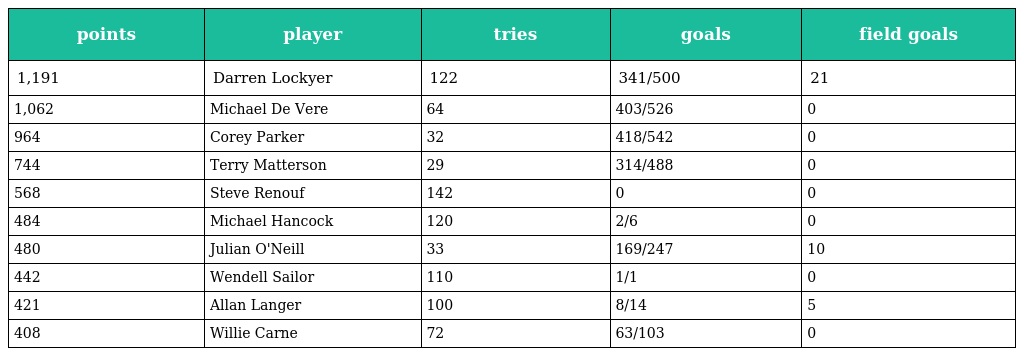
| points | player | tries | goals | field goals |
 | --- | --- | --- | --- | --- |
 | 1,191 | Darren Lockyer | 122 | 341/500 | 21 |
 | 1,062 | Michael De Vere | 64 | 403/526 | 0 |
 | 964 | Corey Parker | 32 | 418/542 | 0 |
 | 744 | Terry Matterson | 29 | 314/488 | 0 |
 | 568 | Steve Renouf | 142 | 0 | 0 |
 | 484 | Michael Hancock | 120 | 2/6 | 0 |
 | 480 | Julian O'Neill | 33 | 169/247 | 10 |
 | 442 | Wendell Sailor | 110 | 1/1 | 0 |
 | 421 | Allan Langer | 100 | 8/14 | 5 |
 | 408 | Willie Carne | 72 | 63/103 | 0 |